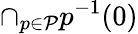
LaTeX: \cap_{p\in{\mathcal{P}}}p^{-1}(0)